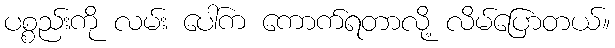
ပစ္စည်းကို လမ်း ပေါ်က ကောက်ရတာလို့ လိမ်ပြောတယ်။